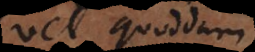
vel quoddam